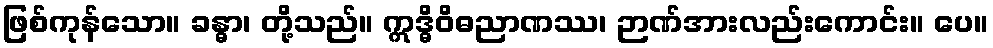
ဖြစ်ကုန်သော။ ခန္ဓာ၊ တို့သည်။ ဣဒ္ဓိဝိဓညာဏဿ၊ ဉာဏ်အားလည်းကောင်း။ ပေ။